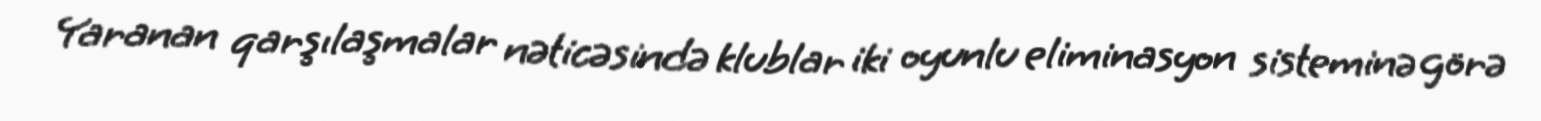
Yaranan qarşılaşmalar nəticəsində klublar iki oyunlu eliminasyon sisteminə görə